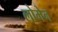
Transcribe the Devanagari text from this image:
लोमेन